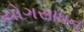
યોગસાધન